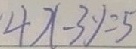
4 x - 3 y = 5